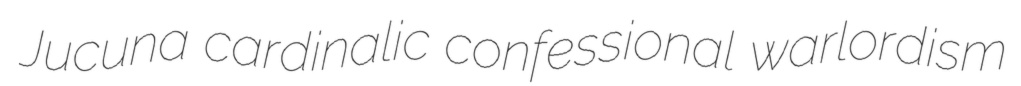
Jucuna cardinalic confessional warlordism